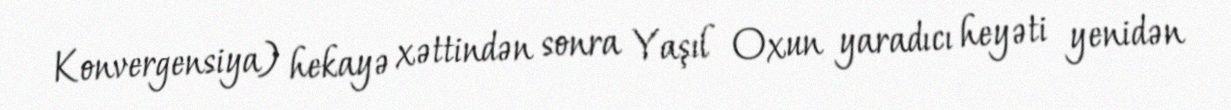
Konvergensiya) hekayə xəttindən sonra Yaşıl Oxun yaradıcı heyəti yenidən